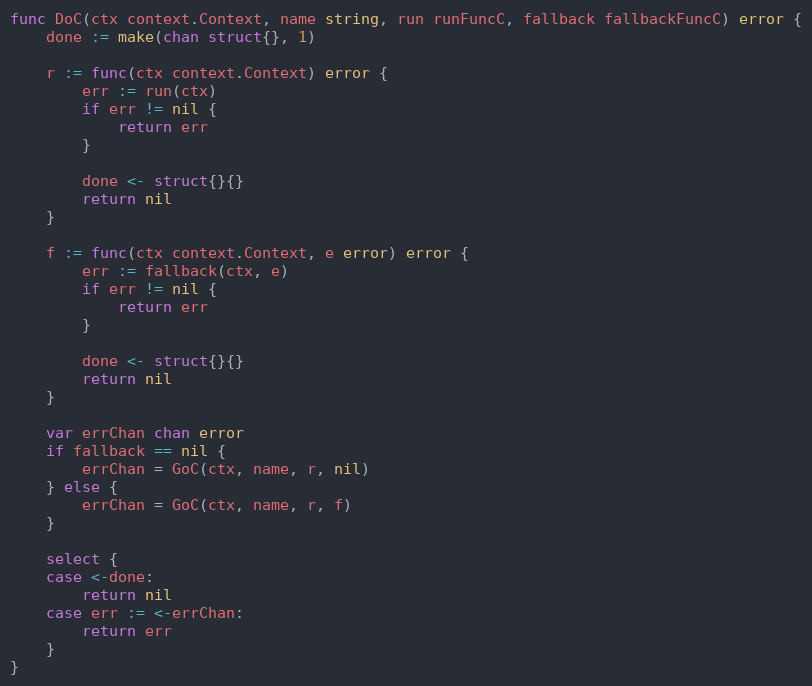
Language: Go
func DoC(ctx context.Context, name string, run runFuncC, fallback fallbackFuncC) error {
	done := make(chan struct{}, 1)

	r := func(ctx context.Context) error {
		err := run(ctx)
		if err != nil {
			return err
		}

		done <- struct{}{}
		return nil
	}

	f := func(ctx context.Context, e error) error {
		err := fallback(ctx, e)
		if err != nil {
			return err
		}

		done <- struct{}{}
		return nil
	}

	var errChan chan error
	if fallback == nil {
		errChan = GoC(ctx, name, r, nil)
	} else {
		errChan = GoC(ctx, name, r, f)
	}

	select {
	case <-done:
		return nil
	case err := <-errChan:
		return err
	}
}